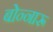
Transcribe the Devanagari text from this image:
बोन्नारू